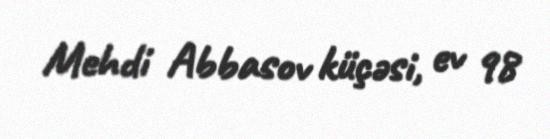
Mehdi Abbasov küçəsi, ev 98